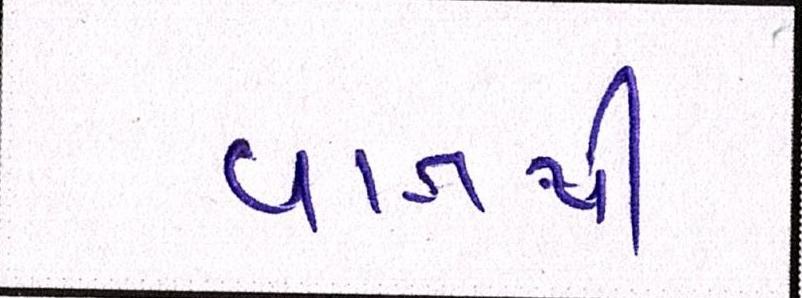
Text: વાતથી